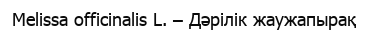
Melissa officinalis L. – Дәрілік жаужапырақ